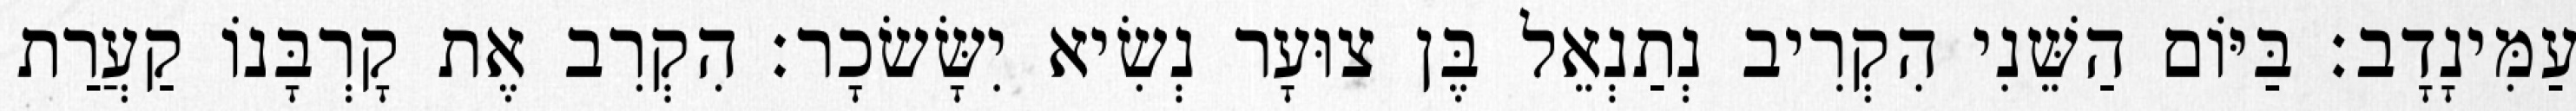
עַמִּינָדָב׃ בַּיּוֹם הַשֵּׁנִי הִקְרִיב נְתַנְאֵל בֶּן צוּעָר נְשִׂיא יִשָּׂשׂכָר׃ הִקְרִב אֶת קָרְבָּנוֹ קַעֲרַת